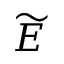
\widetilde E